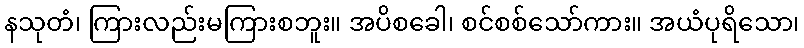
နသုတံ၊ ကြားလည်းမကြားစဘူး။ အပိစခေါ၊ စင်စစ်သော်ကား။ အယံပုရိသော၊